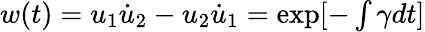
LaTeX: \begin{array}{r}{w(t)=u_{1}\dot{u}_{2}-u_{2}\dot{u}_{1}=\exp[-\int\gamma dt]}\end{array}